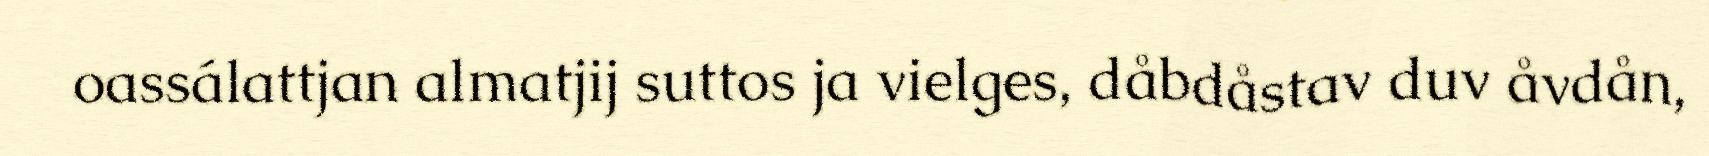
oassálattjan almatjij suttos ja vielges, dåbdåstav duv åvdån,